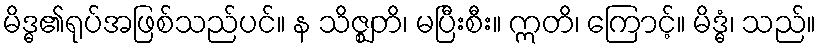
မိဒ္ဓ၏ရုပ်အဖြစ်သည်ပင်။ န သိဇ္ဈတိ၊ မပြီးစီး။ ဣတိ၊ ကြောင့်။ မိဒ္ဓံ၊ သည်။